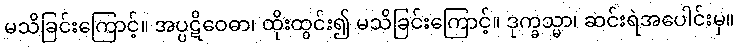
မသိခြင်းကြောင့်။ အပ္ပဋိဝေဓာ၊ ထိုးထွင်း၍ မသိခြင်းကြောင့်။ ဒုက္ခသ္မာ၊ ဆင်းရဲအပေါင်းမှ။